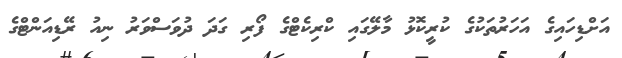
އަށްޑިހައިގެ އަހަރުތަކުގެ ކުރީކޮޅު މާލޭގައި ކްރިކެޓްގެ ފޯރި ގަދަ ދުވަސްވަރު ނިއު ރޭޑިއަންޓްގެ